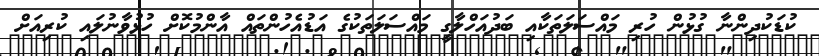
ކުޑަކުދިންނާ ގުޅުން ހުރި މައްސަލަތަކާއި ބަދުއަހްލާގީ މައްސަލަތަކުގެ އަޑުއެހުންތައް އާންމުކޮށް ހުޅުވާނުލައި ކުރިއަށް